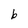
Character: b